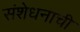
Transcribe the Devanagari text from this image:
संशेधनाची